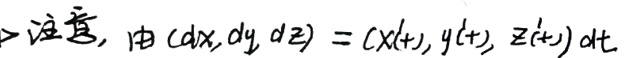
$\Rightarrow $注意，由$ (dx, dy, dz) = (x'(t), y'(t), z'(t))dt$